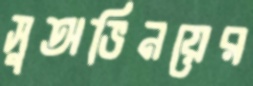
সুঅভিনয়ের